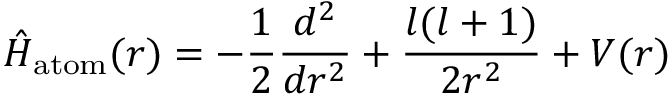
\hat { H } _ { \mathrm { a t o m } } ( r ) = - \frac 1 2 { \frac { d ^ { 2 } } { d r ^ { 2 } } } + { \frac { l ( l + 1 ) } { 2 r ^ { 2 } } } + V ( r )